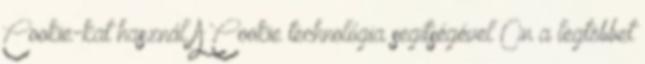
Cookie-kat használ A Cookie technológia segítségével Ön a legtöbbet